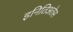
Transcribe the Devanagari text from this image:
इनितिअतेस